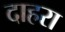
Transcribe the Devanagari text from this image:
दाहरा